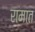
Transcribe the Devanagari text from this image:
रामात